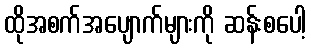
ထိုအစက်အပျောက်များကို ဆန်းစပေါ့